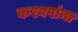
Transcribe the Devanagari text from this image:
कश्यपांना